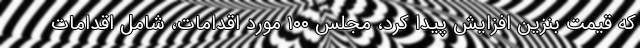
که قیمت بنزین افزایش پیدا کرد، مجلس ۱۰۰ مورد اقدامات، شامل اقدامات